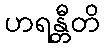
ဟရန္တီတိ